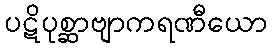
ပဋိပုစ္ဆာဗျာကရဏီယော